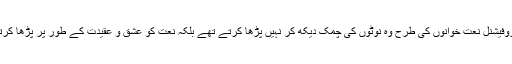
آج کے پروفیشنل نعت خوانوں کی طرح وہ نوٹوں کی چمک دیکھ کر نہیں پڑھا کرتے تھے بلکہ نعت کو عشق و عقیدت کے طور پر پڑھا کرتے تھے ۔